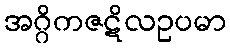
အဂ္ဂိကဇဋိလဥပမာ